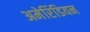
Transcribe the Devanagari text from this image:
अमेरिंडियन